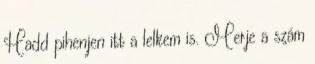
Hadd pihenjen itt a lelkem is. Merje a szám